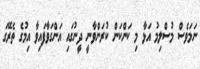
ނަމަވެސް މުސްލިމު އަޅާ މި ކަންކަން ކުރަންވާނީ ދީނުގައި އަންގަވާފައިވާ އިމުގެ ތެރޭގަ